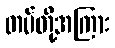
တပ်တို့အကြား